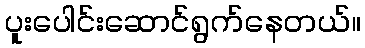
ပူးပေါင်းဆောင်ရွက်နေတယ်။